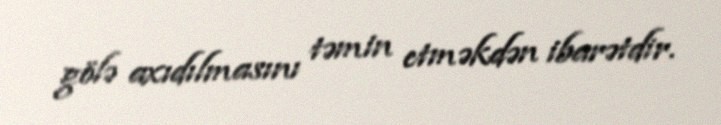
gölə axıdılmasını təmin etməkdən ibarətdir.